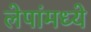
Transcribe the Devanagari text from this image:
लेपांमध्ये